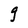
Character: g